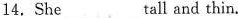
14.She___ tall and thin.